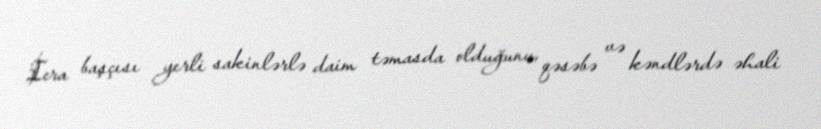
İcra başçısı yerli sakinlərlə daim təmasda olduğunu, qəsəbə və kəndlərdə əhali